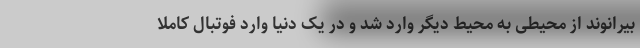
بیرانوند از محیطی به محیط دیگر وارد شد و در یک دنیا وارد فوتبال کاملا